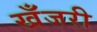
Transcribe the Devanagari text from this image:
खँजरी